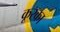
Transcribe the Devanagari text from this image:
कूरका